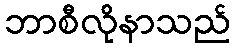
ဘာစီလိုနာသည်